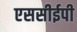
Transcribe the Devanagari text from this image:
एससीईपी